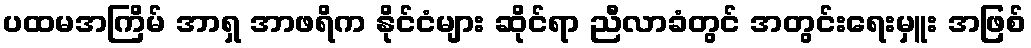
ပထမအကြိမ် အာရှ အာဖရိက နိုင်ငံများ ဆိုင်ရာ ညီလာခံတွင် အတွင်းရေးမှူး အဖြစ်